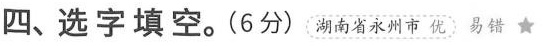
四、选字填空。(6分)湖南省永州市优易错★